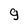
Character: g